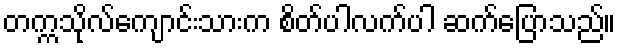
တက္ကသိုလ်ကျောင်းသားက စိတ်ပါလက်ပါ ဆက်ပြောသည်။